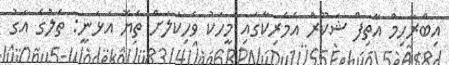
އިބްރާހިމް އާތިފް ޝަކޫރު އެމެރިކާގައި މީހަކު ވެހިކަލަށް ތެޔޮ އަޅަނީ: ތެލުގެ އަގު